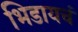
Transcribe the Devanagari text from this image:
भिडायचं